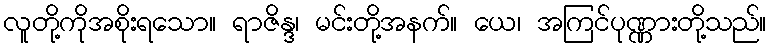
လူတို့ကိုအစိုးရသော။ ရာဇိန္ဒ၊ မင်းတို့အနက်။ ယေ၊ အကြင်ပုဏ္ဏားတို့သည်။